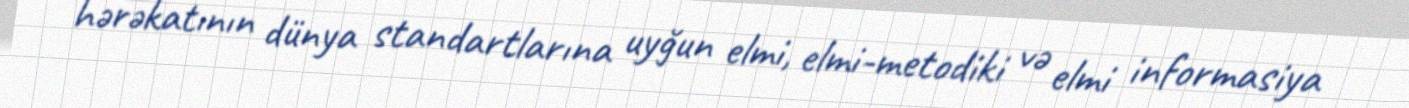
hərəkatının dünya standartlarına uyğun elmi, elmi-metodiki və elmi informasiya